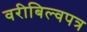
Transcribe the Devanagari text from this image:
वरीबिल्वपत्र